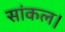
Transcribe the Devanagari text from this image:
सांकल।